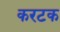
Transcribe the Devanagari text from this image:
करटक